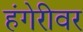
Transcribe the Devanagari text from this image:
हंगेरीवर